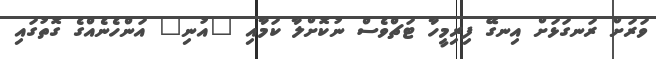
ވަރަށް ރަނގަޅަށް އިނގޭ ފިރިމީހާ ޓަޗްވެސް ނުކޮށްލާ ކަމާއި "އުނި" އަންހެނެއްގެ ގޮތުގައި